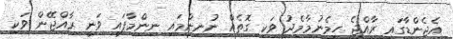
އެޖެންޑާގައި ރާއްޖެ ހިމެނުމާމެދު ވަކި ގޮތެއް ނުނިންމައި ނިންމާފައި ވަނީ ރާއްޖޭން ވަކި